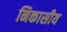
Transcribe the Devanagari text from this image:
निकासीय